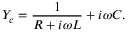
Y _ { c } = \frac { 1 } { R + i \omega L } + i \omega C .